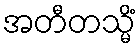
အတီတသ္မိံ